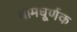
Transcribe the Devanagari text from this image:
वामघूर्णक